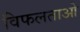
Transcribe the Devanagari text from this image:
विफलताओ